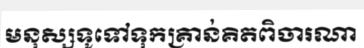
មនុស្សទូទៅទុកគ្រាន់គិតពិចារណា